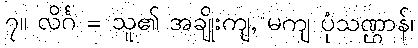
၇။ လိင်္ဂ = သူ၏ အချိုးကျ, မကျ ပုံသဏ္ဌာန်၊